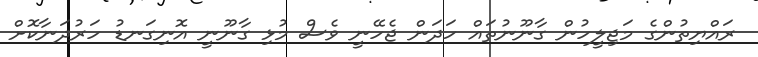
ރައްޔިތުންގެ މަޖިލީހުން ގާނޫނުތައް ހަދަން ޖެހޭނީ ވެސް މުޅި ގާނޫނީ އޮނިގަނޑު ހަރުދަނާކޮށް